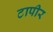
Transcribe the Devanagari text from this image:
टापीर